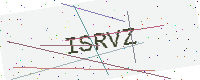
Text: ISRVZ